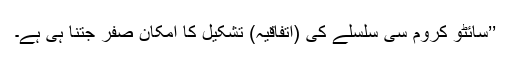
’’سائٹو کروم سی سلسلے کی (اتفاقیہ) تشکیل کا امکان صفر جتنا ہی ہے۔